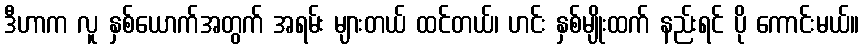
ဒီဟာက လူ နှစ်ယောက်အတွက် အရမ်း များတယ် ထင်တယ်၊ ဟင်း နှစ်မျိုးထက် နည်းရင် ပို ကောင်းမယ်။